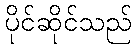
ပိုင်ဆိုင်သည်